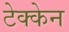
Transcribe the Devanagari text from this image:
टेक्केन